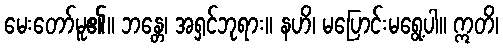
မေးတော်မူ၏။ ဘန္တေ၊ အရှင်ဘုရား။ နဟိ၊ မပြောင်းမရွေ့ပါ။ ဣတိ၊